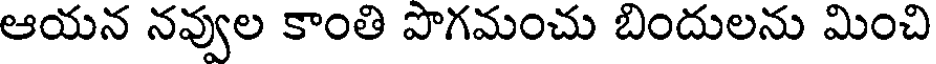
ఆయన నవ్వుల కాంతి పొగమంచు బిందులను మించి